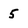
Character: 5